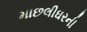
માછલીઘરની